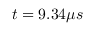
t = 9 . 3 4 \mu s